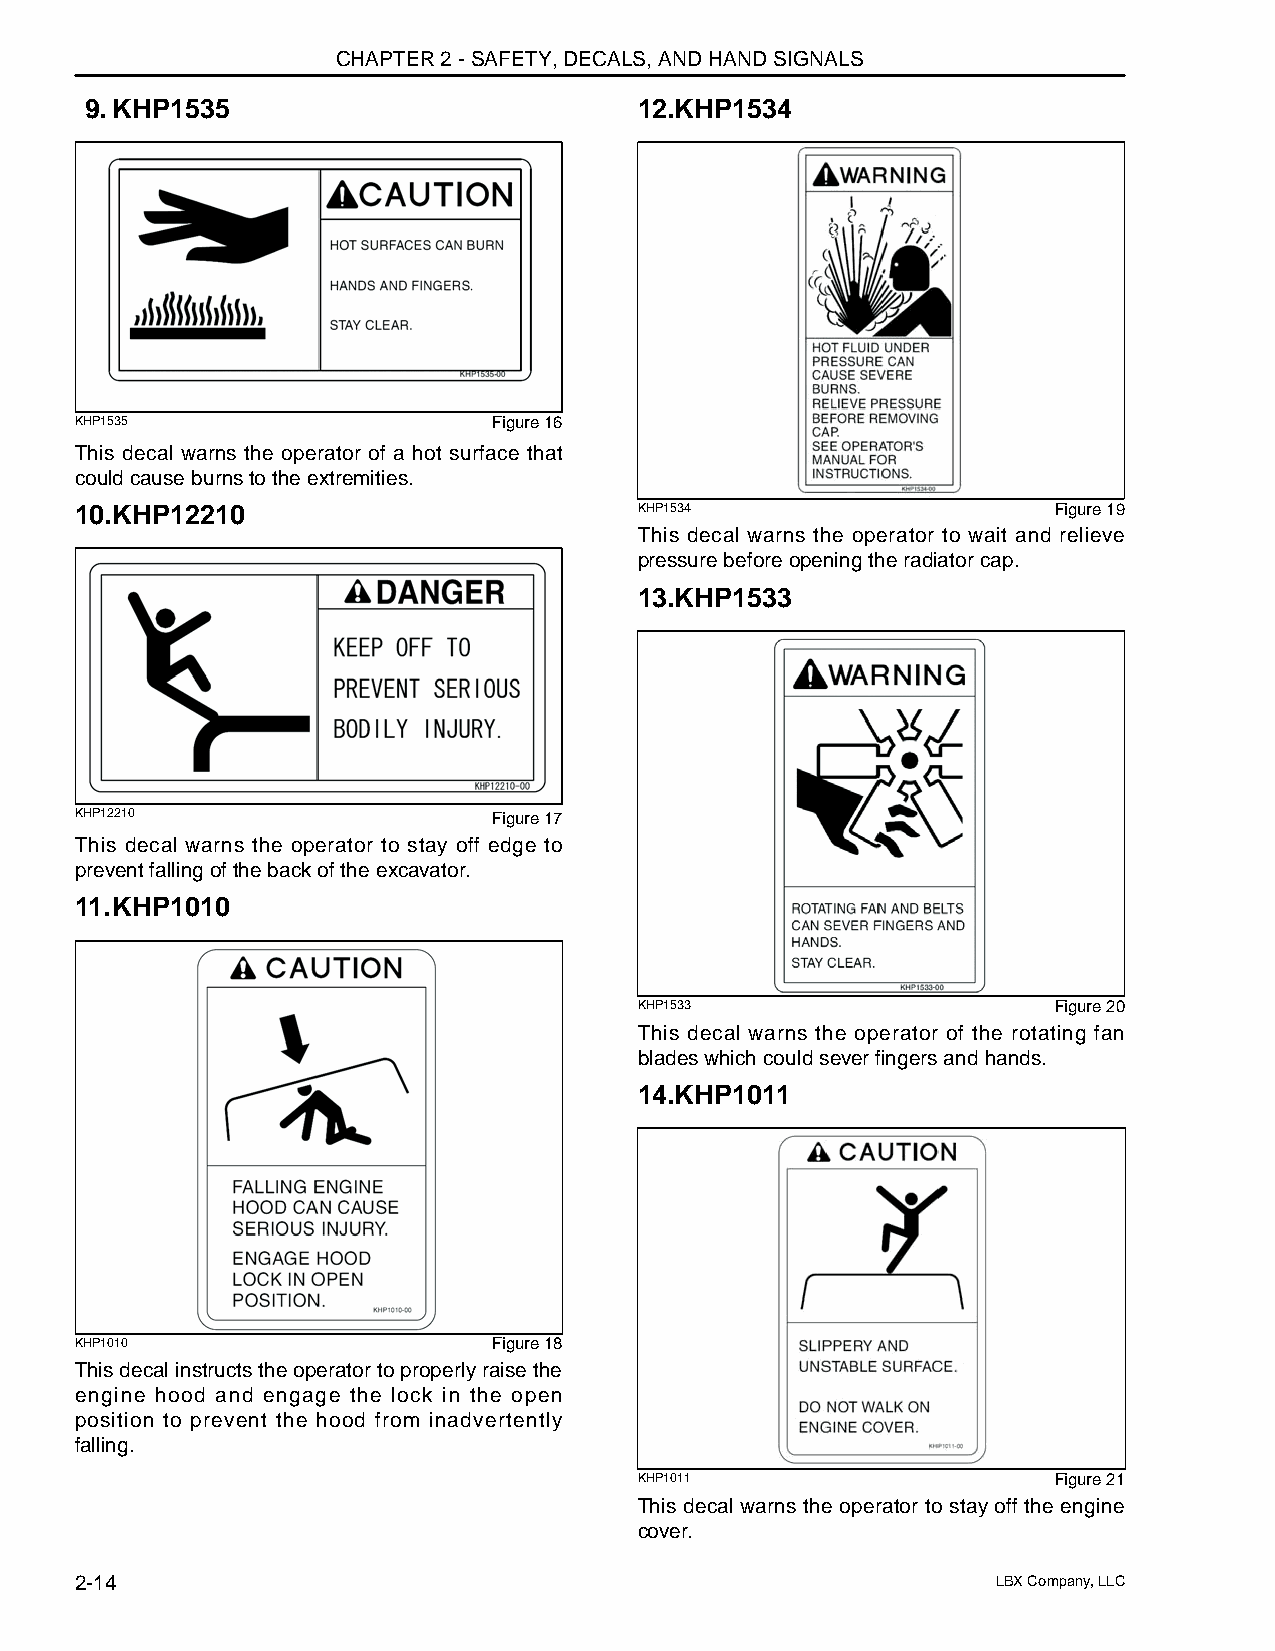
CHAPTER 2 - SAFETY, DECALS, AND HAND SIGNALS
 9.KHP1535                           12.KHP1534
 KHP1535                     Figure 16
 This decal warns the operator of a hot surface that
 could cause burns to the extremities.
 10.KHP12210                          KHP1534                     Figure 19
 This decal warns the operator to wait and relieve
 pressure before opening the radiator cap.
 13.KHP1533
 KHP12210                    Figure 17
 This decal warns the operator to stay off edge to
 prevent falling of the back of the excavator.
 11.KHP1010
 KHP1533                     Figure 20
 This decal warns the operator of the rotating fan
 blades which could sever fingers and hands.
 14.KHP1011
 KHP1010                     Figure 18
 This decal instructs the operator to properly raise the
 engine hood and engage the lock in the open
 position to prevent the hood from inadvertently
 falling.
 KHP1011                     Figure 21
 This decal warns the operator to stay off the engine
 cover.
 2-14                                                         LBX Company, LLC